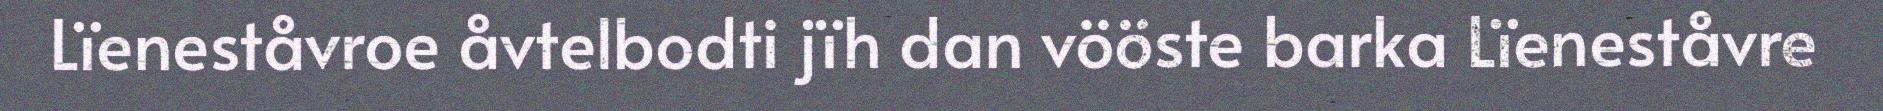
Lïeneståvroe åvtelbodti jïh dan vööste barka Lïeneståvre